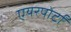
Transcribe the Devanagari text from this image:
एयरपोर्टों